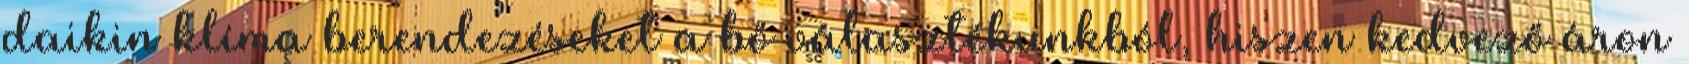
daikin klíma berendezéseket a bő választékunkból, hiszen kedvező áron